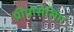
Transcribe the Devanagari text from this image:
प्रीप्रोसेसिंग